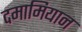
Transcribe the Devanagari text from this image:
दमामियान